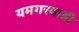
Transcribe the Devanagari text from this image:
यमगरवाडी